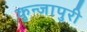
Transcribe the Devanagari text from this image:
कुन्जापुरी